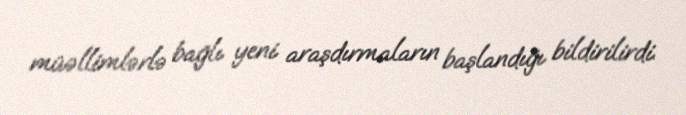
müəllimlərlə bağlı yeni araşdırmaların başlandığı bildirilirdi.